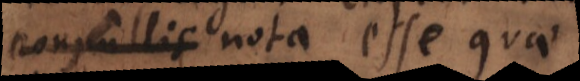
nonnullis nota esse quae